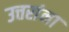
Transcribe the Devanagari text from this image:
उत्तरांना